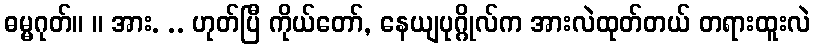
ဓမ္မဂုတ်။ ။ အား. .. ဟုတ်ပြီ ကိုယ်တော်, နေယျပုဂ္ဂိုလ်က အားလဲထုတ်တယ် တရားထူးလဲ